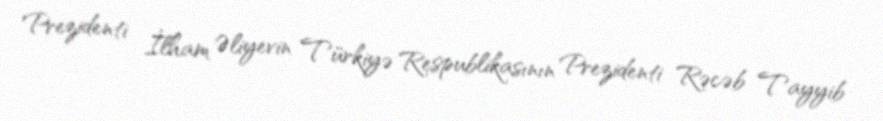
Prezidenti İlham Əliyevin Türkiyə Respublikasının Prezidenti Rəcəb Tayyib